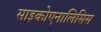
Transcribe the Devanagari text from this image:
साइकोएनालिसिस